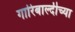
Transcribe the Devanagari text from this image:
गारिबाल्दीच्या